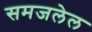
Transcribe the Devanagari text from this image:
समजलेल